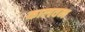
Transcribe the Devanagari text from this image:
कालवन